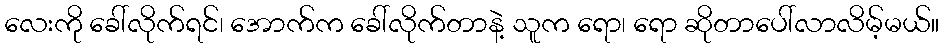
လေးကို ခေါ်လိုက်ရင်၊ အောက်က ခေါ်လိုက်တာနဲ့ သူက ရော၊ ရော ဆိုတာပေါ်လာလိမ့်မယ်။